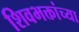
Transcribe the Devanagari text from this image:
शिवभक्तांच्या